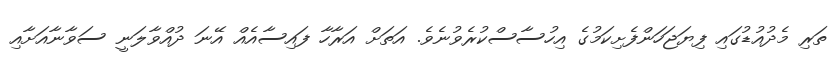
ތަރި މެދުއުޑުގައި ފިޔަޖަހަންފެށިކަމުގެ އިހުސާސްކުރެވުނެވެ. އަތަށް އަރާހާ ފައިސާއެއް އޭނަ ދުއްވާލަނީ ސަވާނާއަށާއި